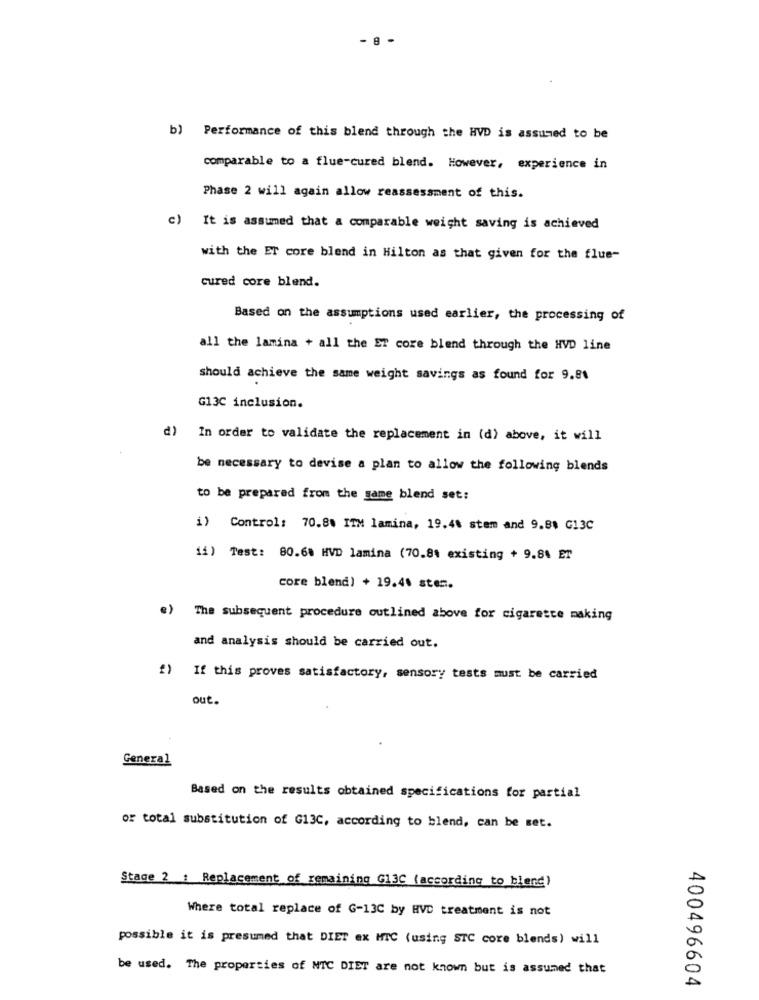
- 8
b) Performance of this blend through the HVD is assumed to be
comparable to a flue-cured blend. However, experience in
Phase 2 will again allow reassessment of this.
c) It is assumed that a comparable weight saving is achieved
with the ET core blend in Hilton as that given for the flue-
cured core blend.
Based on the assumptions used earlier, the processing of
all the lamina + all the ET core blend through the HVD line
should achieve the same weight savings as found for 9.81
G13C inclusion.
d) In order to validate the replacement in (d) above, it will
be necessary to devise a plan to allow the following blends
to be prepared from the game blend set:
i) Control: 70.80 ITM lamina, 19.48 stem and 9.88 G13C
11) Test: 80.68 HVD lamina (70.84 existing + 9.84 ET
core blend) + 19.46 ster.
The subsequent procedure outlined above for cigarette making
and analysis should be carried out.
f) If this proves satisfactory, sensory tests must be carried
out.
General
Based on the results obtained specifications for partial
or total substitution of G13C, according to blend, can be set.
Stage 2 : Replacement of remaining G13C (according to blend)
Where total replace of G-13C by HVC treatment is not
possible it is presumed that DIET ex HTC (using STC core blends) will
be used. The properties of NTC DIET are not known but is assumed that
400496604